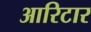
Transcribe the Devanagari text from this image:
आरिटार